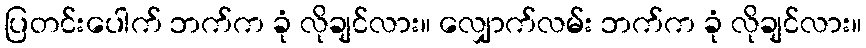
ပြတင်းပေါက် ဘက်က ခုံ လိုချင်လား။ လျှောက်လမ်း ဘက်က ခုံ လိုချင်လား။